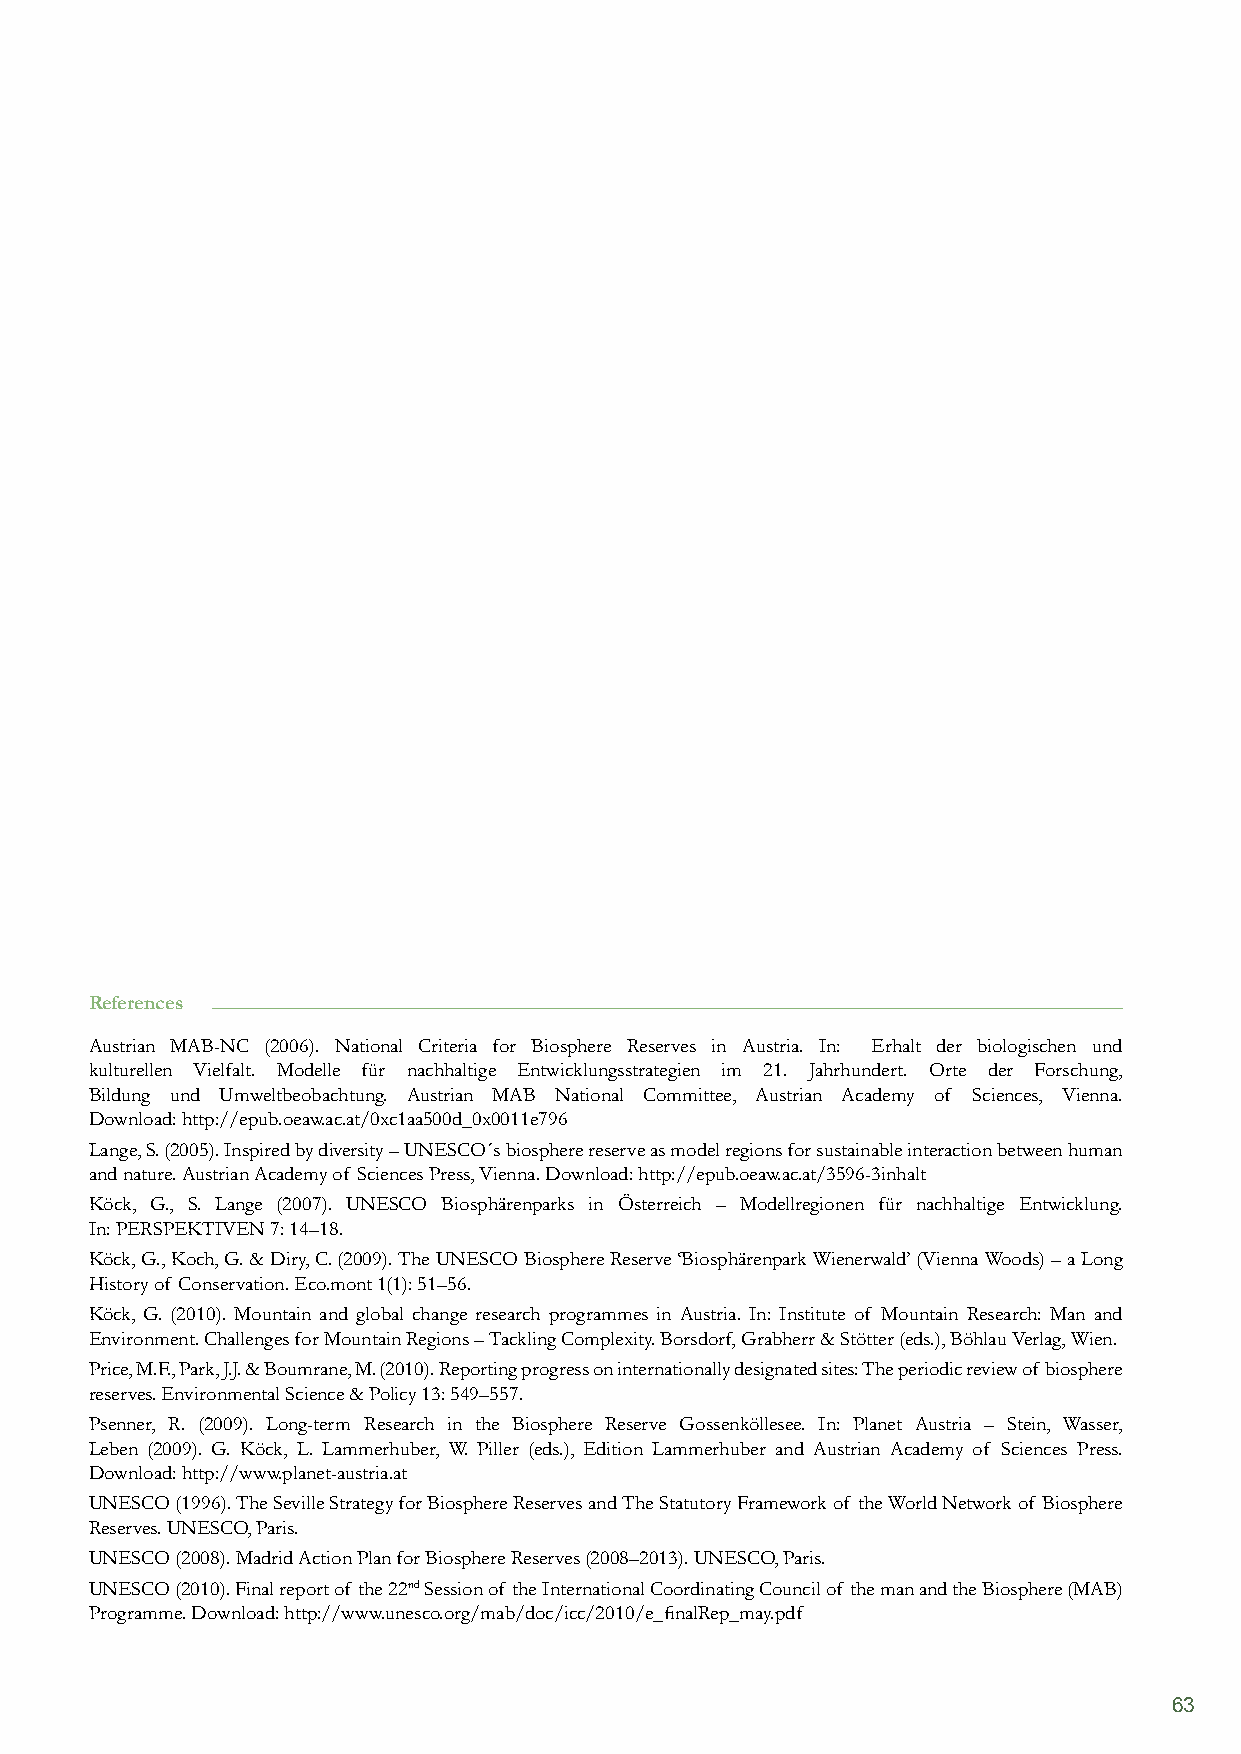
References
 Austrian MAB-NC (2006). National Criteria for Biosphere Reserves in Austria. In: Erhalt der biologischen und
 kulturellen Vielfalt. Modelle für nachhaltige Entwicklungsstrategien im 21. Jahrhundert. Orte der Forschung,
 Bildung und Umweltbeobachtung. Austrian MAB National Committee, Austrian Academy of Sciences, Vienna.
 Download: http://epub.oeaw.ac.at/0xc1aa500d_0x0011e796
 Lange, S. (2005). Inspired by diversity – UNESCO´s biosphere reserve as model regions for sustainable interaction between human
 and nature. Austrian Academy of Sciences Press, Vienna. Download: http://epub.oeaw.ac.at/3596-3inhalt
 Köck, G., S. Lange (2007). UNESCO Biosphärenparks in Österreich – Modellregionen für nachhaltige Entwicklung.
 In: PERSPEKTIVEN 7: 14–18.
 Köck, G., Koch, G. & Diry, C. (2009). The UNESCO Biosphere Reserve ‘Biosphärenpark Wienerwald’ (Vienna Woods) – a Long
 History of Conservation. Eco.mont 1(1): 51–56.
 Köck, G. (2010). Mountain and global change research programmes in Austria. In: Institute of Mountain Research: Man and
 Environment. Challenges for Mountain Regions – Tackling Complexity. Borsdorf, Grabherr & Stötter (eds.), Böhlau Verlag, Wien.
 Price, M.F., Park, J.J. & Boumrane, M. (2010). Reporting progress on internationally designated sites: The periodic review of biosphere
 reserves. Environmental Science & Policy 13: 549–557.
 Psenner, R. (2009). Long-term Research in the Biosphere Reserve Gossenköllesee. In: Planet Austria – Stein, Wasser,
 Leben (2009). G. Köck, L. Lammerhuber, W. Piller (eds.), Edition Lammerhuber and Austrian Academy of Sciences Press.
 Download: http://www.planet-austria.at
 UNESCO (1996). The Seville Strategy for Biosphere Reserves and The Statutory Framework of the World Network of Biosphere
 Reserves. UNESCO, Paris.
 UNESCO (2008). Madrid Action Plan for Biosphere Reserves (2008–2013). UNESCO, Paris.
 UNESCO (2010). Final report of the 22nd Session of the International Coordinating Council of the man and the Biosphere (MAB)
 Programme. Download: http://www.unesco.org/mab/doc/icc/2010/e_finalRep_may.pdf
 63